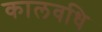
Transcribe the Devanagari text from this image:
कालवधि